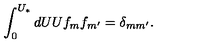
\int _ { 0 } ^ { U _ { * } } d U U f _ { m } f _ { m ^ { \prime } } = \delta _ { m m ^ { \prime } } .